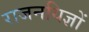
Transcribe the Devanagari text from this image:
राजनयिज्ञों